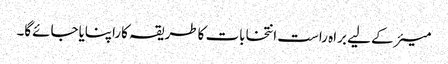
میئرکے لیے براہ راست انتخابات کاطریقہ کاراپنایاجائےگا۔